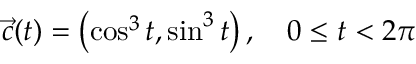
{ \vec { c } } ( t ) = \left( \cos ^ { 3 } t , \sin ^ { 3 } t \right) , \quad 0 \leq t < 2 \pi